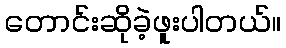
တောင်းဆိုခဲ့ဖူးပါတယ်။